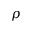
\rho